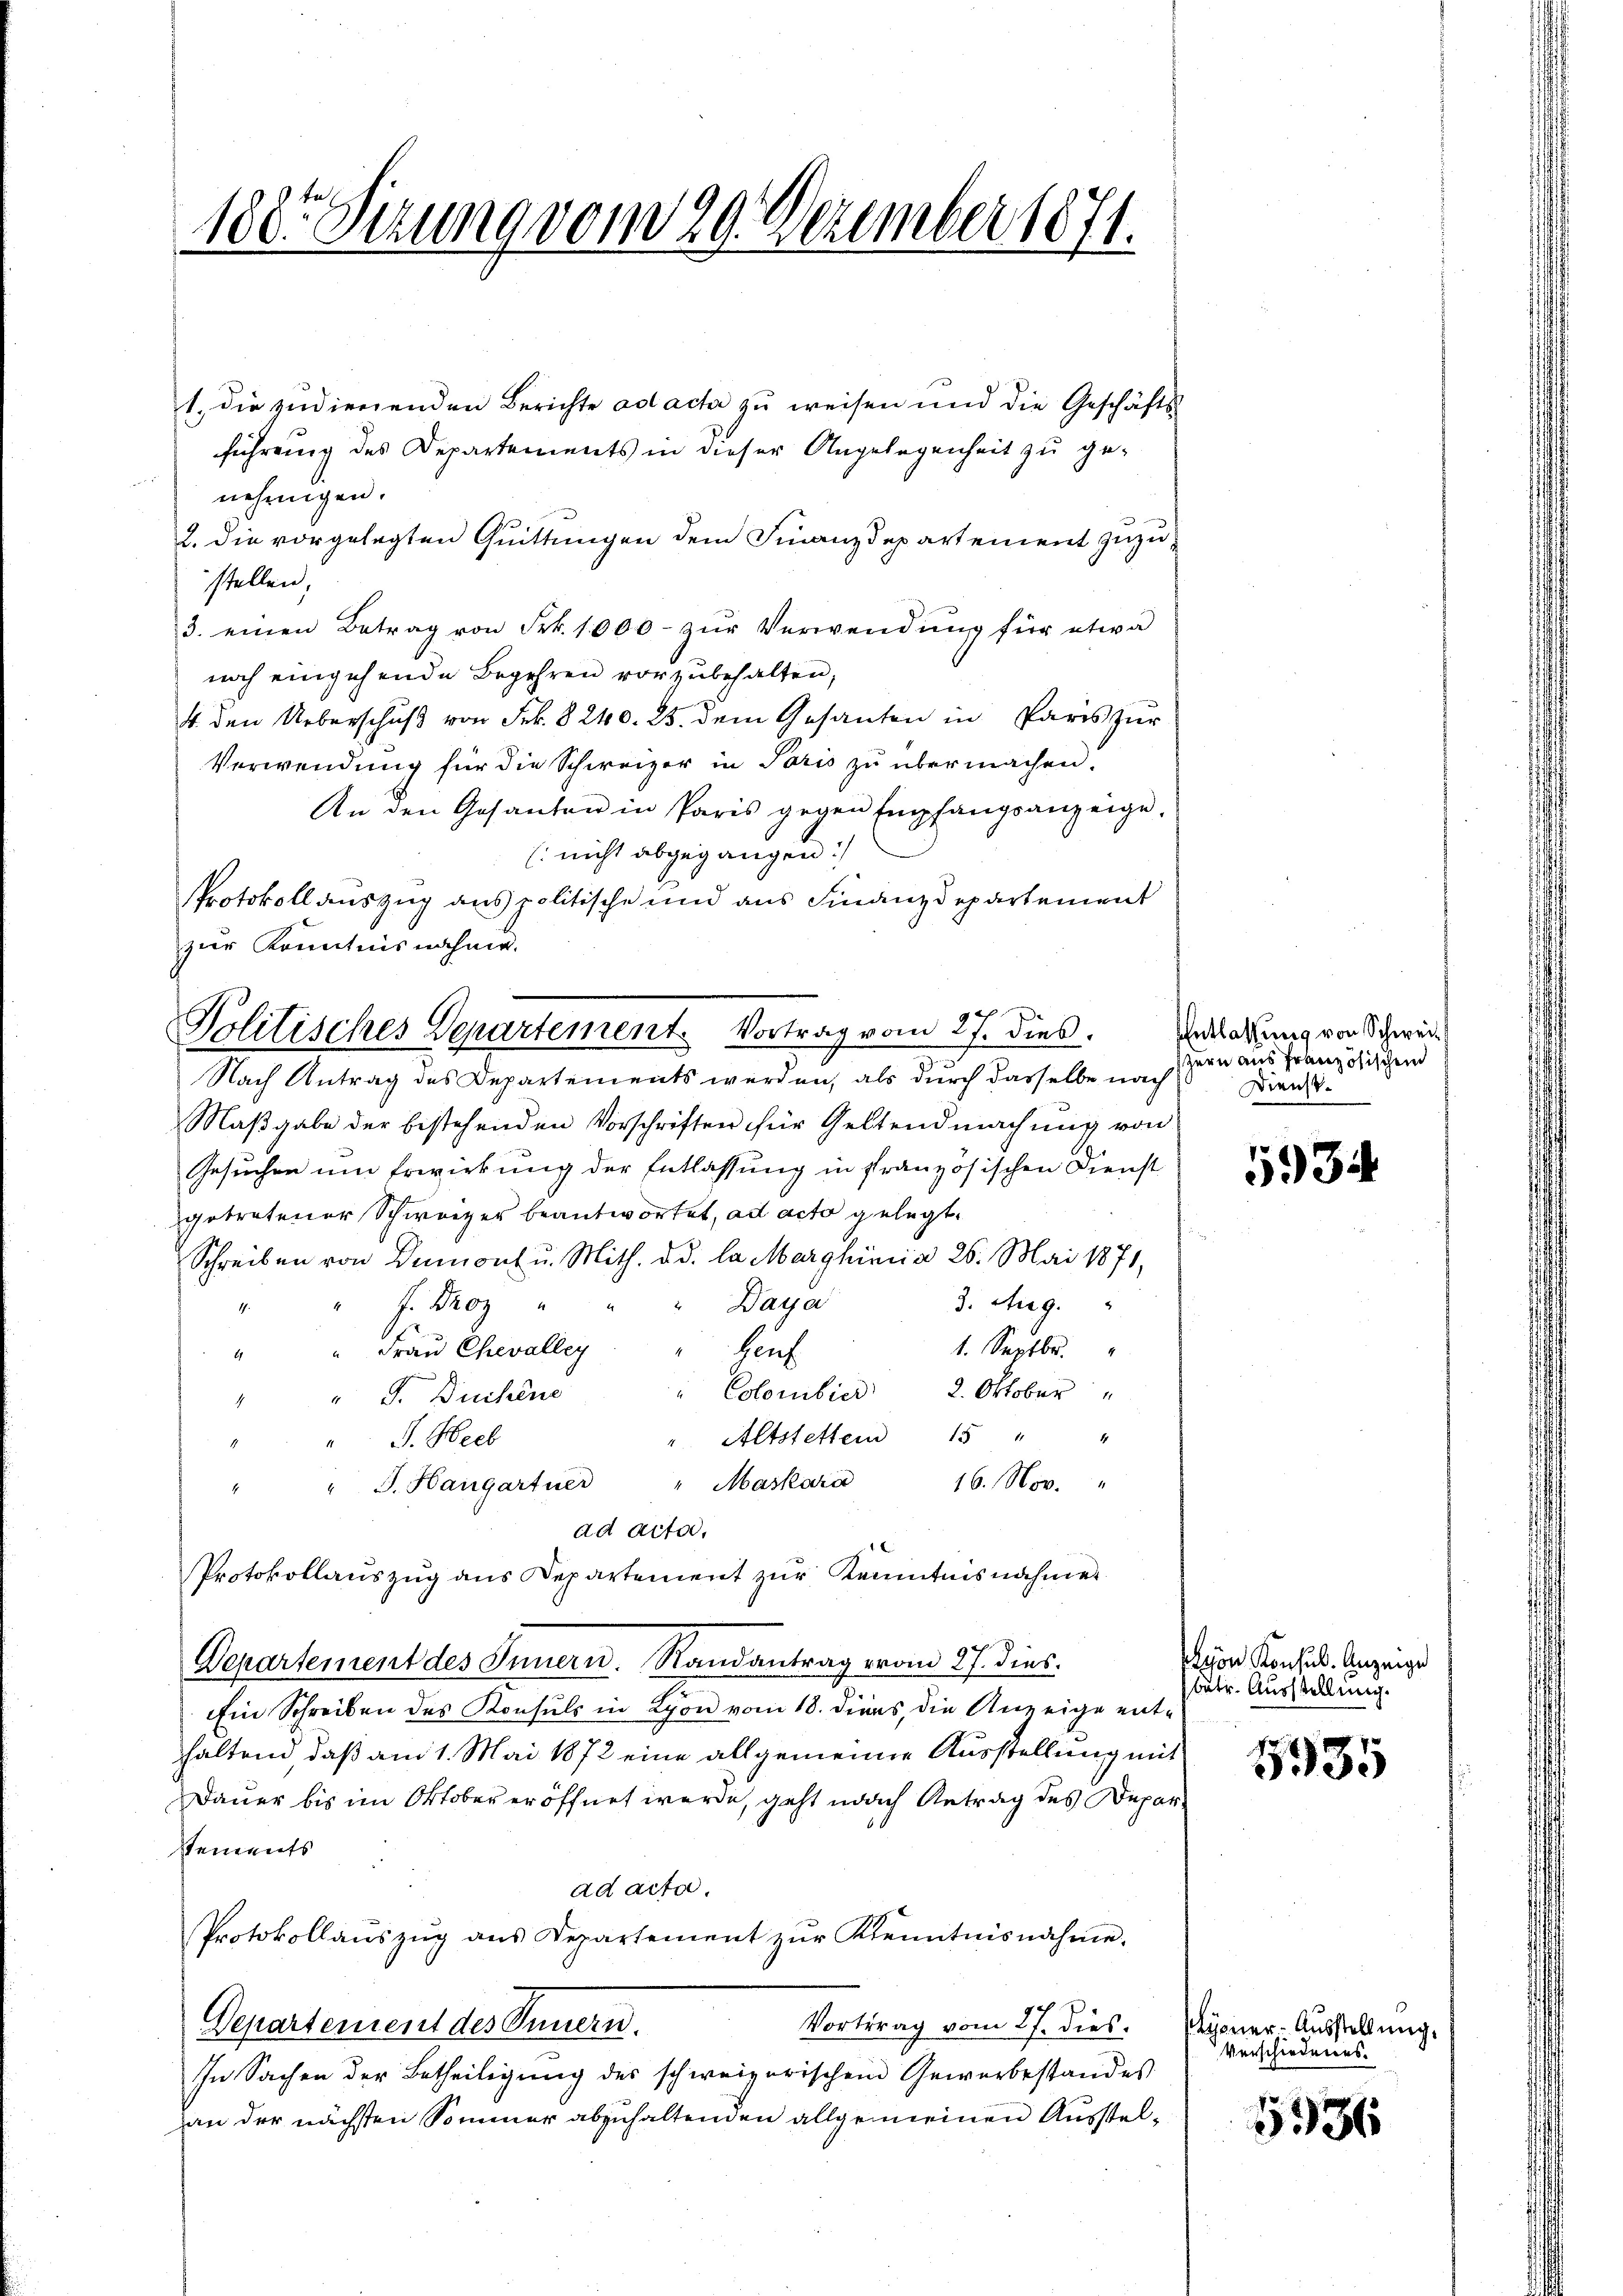
188. Sizung vom 20. Dezember 1871.

1. die zudienenden Berichte ad acta zu weisen und die Geschäfts-
führung des Departements in dieser Angelegenheit zu genehmigen.
2. die vorgelegten Quittungen dem Finanzdepartement zuzustellen,
3. einen Betrag von Frk. 1000. zŭr Verwendŭng für etwa
noch eingehende Begehren vorzubehalten,
4 den Ueberschuß von Frk. 8 240. 25. dem Gesanten in Paris zur
Verwendung für die Schweizer in Paris zu übermachen.
An den Gesanten in Paris gegen Empfangsanzeige,
(nicht abgegangen
Maßgabe der bestehenden Vorschriften für Geltendmachung von
Gesuchen um Erwirkung der Entlassung in französischen Dienst
getretener Schweizer beantwortet, ad acto gelegt,
Schreiben von Dumont u. Mith. d. d. la Marghimia 26. Mai 1871,
3. Aug.
Daya
" J. Proz
17.
" Frau Chevalley
1. Septbr.
Hauf
61
"Colombier 2. Oktober "
" " F. Buchene
Altstettend 15 " "
"" J. Hieb
" J. Hangartner " Maskara 16. Nov. "
4
ad acta,
Protokollauszug aus Departement zur Kenntnisnahme
Departement des Innern. Randantrag vom 27. dies
Ein Schreiben des Konsuls in Lyon vom 18. Diens, die Anzeige enthaltend daß am 1. Mai 1872 eine allgemeine Ausstellung mit
Dauer bis im Oktober eröffnet werde, geht nach Antrag des Deparsements
ad acta.
Protokollaŭszŭg ans Departement zŭr Kenntnisnahme.
Vortrag vom 27. dies
Departement des Innern.
In Sachen der Betheiligung des schweizerischem Gewerbestandes
an der nächsten Sommer abzuhaltenden allgemeinen Ausstel¬

Protokoll auszug aus politische und aus Finanzdepartement
zur Kenntnisnahme.
Politisches Departement. Vortrag vom 27. dies.
e
Nach Antrag des Departements werden, als durch dasselbe nach

Entlassung von Schweizern aus französischen
Dienst.

5934

vion Konsul Anzeige
butr. Ausstellung.

5935

yoner-Ausstellung.
Verschiedenes.

5936